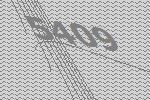
5409